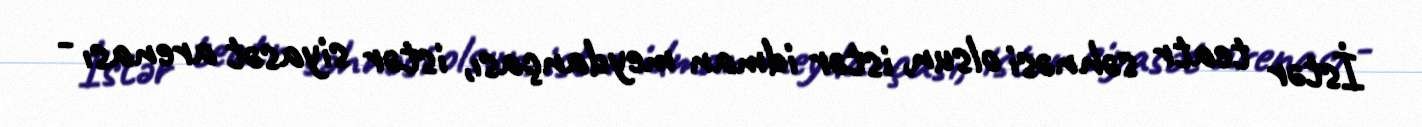
İstər teatr səhnəsi olsun, istər idman meydançası, istər siyasət arenası -